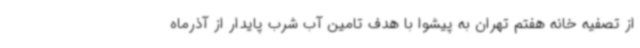
از تصفیه خانه هفتم تهران به پیشوا با هدف تامین آب شرب پایدار از آذرماه